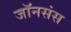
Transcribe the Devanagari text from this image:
जॉनसंस